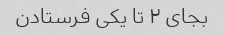
بجای ۲ تا یکی فرستادن